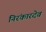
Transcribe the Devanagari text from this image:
निरंकारदेव